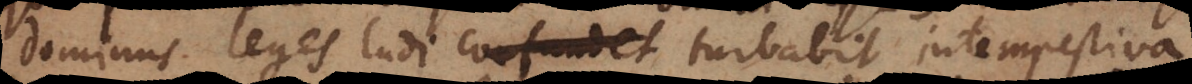
dominus leges ludi confundet turbabit intempestiva